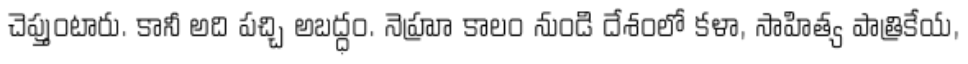
చెప్తుంటారు. కానీ అది పచ్చి అబద్ధం. నెహ్రూ కాలం నుండి దేశంలో కళా, సాహిత్య పాత్రికేయ,